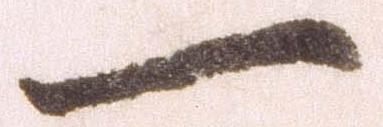
一